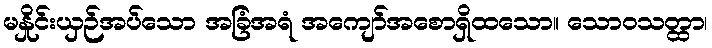
မနှိုင်းယှဉ်အပ်သော အခြံအရံ အကျော်အစောရှိထသော။ သောဝသတ္ထာ၊